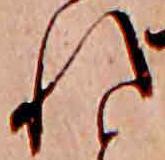
れ